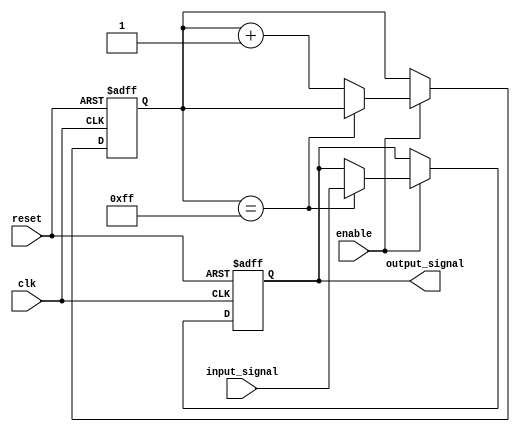
module latch_delay (
    input wire clk,
    input wire reset,
    input wire enable,
    input wire input_signal,
    output reg output_signal
);

reg [7:0] delay_counter;

always @ (posedge clk or posedge reset) begin
    if (reset) begin
        delay_counter <= 8'b0; // Set delay counter to 0 on reset
        output_signal <= 1'b0; // Set output signal to 0 on reset
    end else begin
        if (enable) begin
            if (delay_counter == 8'b11111111) begin
                output_signal <= input_signal; // Capture input signal after delay period
            end else begin
                delay_counter <= delay_counter + 1; // Increment delay counter
            end
        end
    end
end

endmodule